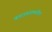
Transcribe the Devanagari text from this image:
कारागंडामधील